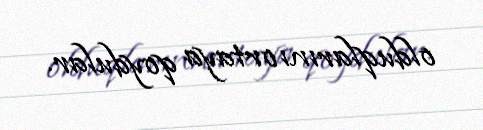
olduqlarını ortaya qoydular.